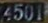
4501